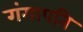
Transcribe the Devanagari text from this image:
गंगापति